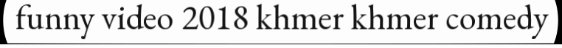
funny video 2018 khmer khmer comedy